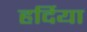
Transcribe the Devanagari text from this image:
हर्दिया